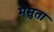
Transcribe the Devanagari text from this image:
मसुता